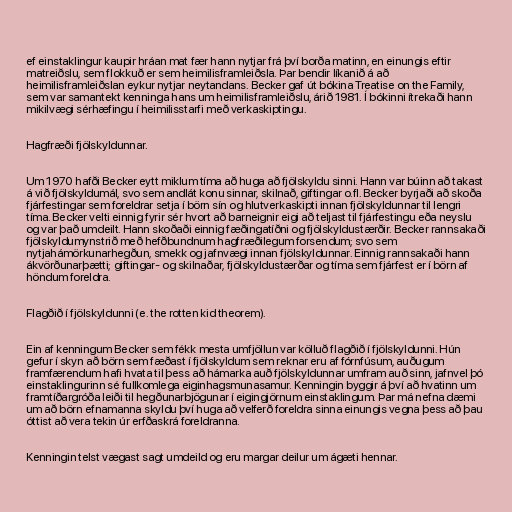
ef einstaklingur kaupir hráan mat fær hann nytjar frá því borða matinn, en einungis eftir
matreiðslu, sem flokkuð er sem heimilisframleiðsla. Þar bendir líkanið á að
heimilisframleiðslan eykur nytjar neytandans. Becker gaf út bókina Treatise on the Family,
sem var samantekt kenninga hans um heimilisframleiðslu, árið 1981. Í bókinni ítrekaði hann
mikilvægi sérhæfingu í heimilisstarfi með verkaskiptingu.

Hagfræði fjölskyldunnar.

Um 1970 hafði Becker eytt miklum tíma að huga að fjölskyldu sinni. Hann var búinn að takast
á við fjölskyldumál, svo sem andlát konu sinnar, skilnað, giftingar o.fl. Becker byrjaði að skoða
fjárfestingar sem foreldrar setja í börn sín og hlutverkaskipti innan fjölskyldunnar til lengri
tíma. Becker velti einnig fyrir sér hvort að barneignir eigi að teljast til fjárfestingu eða neyslu
og var það umdeilt. Hann skoðaði einnig fæðingatíðni og fjölskyldustærðir. Becker rannsakaði
fjölskyldumynstrið með hefðbundnum hagfræðilegum forsendum; svo sem
nytjahámörkunarhegðun, smekk og jafnvægi innan fjölskyldunnar. Einnig rannsakaði hann
ákvörðunarþætti; giftingar- og skilnaðar, fjölskyldustærðar og tíma sem fjárfest er í börn af
höndum foreldra.

Flagðið í fjölskyldunni (e. the rotten kid theorem).

Ein af kenningum Becker sem fékk mesta umfjöllun var kölluð flagðið í fjölskyldunni. Hún
gefur í skyn að börn sem fæðast í fjölskyldum sem reknar eru af fórnfúsum, auðugum
framfærendum hafi hvata til þess að hámarka auð fjölskyldunnar umfram auð sinn, jafnvel þó
einstaklingurinn sé fullkomlega eiginhagsmunasamur. Kenningin byggir á því að hvatinn um
framtíðargróða leiði til hegðunarbjögunar í eigingjörnum einstaklingum. Þar má nefna dæmi
um að börn efnamanna skyldu því huga að velferð foreldra sinna einungis vegna þess að þau
óttist að vera tekin úr erfðaskrá foreldranna.

Kenningin telst vægast sagt umdeild og eru margar deilur um ágæti hennar.